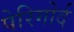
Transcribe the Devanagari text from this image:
पेरिगोर्द